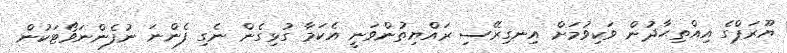
ޔޫރަޕްގެ އިއްތިޙާދުން ވަކިވުމަށް އިނގިރޭސި ރައްޔިތުންވަނީ އެކަމާ ގުޅިގެން ނެގި ފެންނަ ނުފެންނަވޯޓަކުން